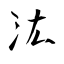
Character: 汯